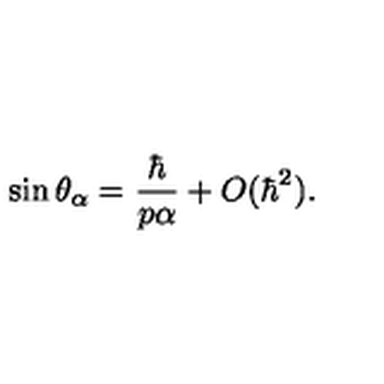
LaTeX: \sin \theta _ { \alpha } = \frac { \hbar } { p \alpha } + O ( \hbar ^ { 2 } ) .